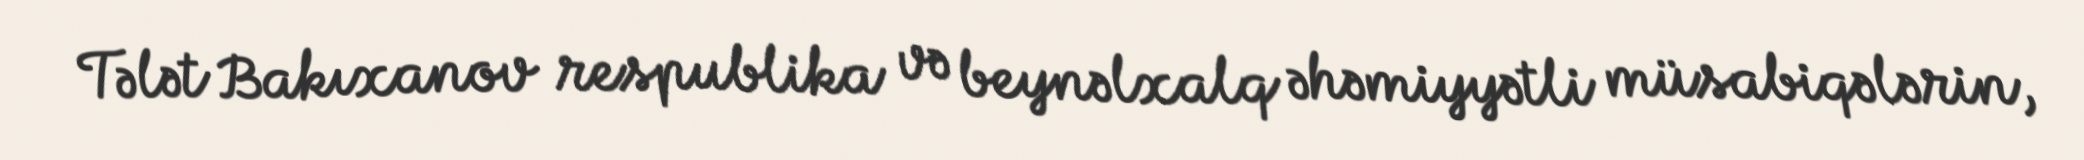
Tələt Bakıxanov respublika və beynəlxalq əhəmiyyətli müsabiqələrin,